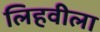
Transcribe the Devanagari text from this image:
लिहवीला